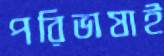
পরিভাষাই